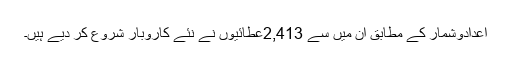
اعدادوشمار کے مطابق ان میں سے 2,413عطائیوں نے نئے کاروبار شروع کر دیے ہیں۔